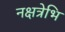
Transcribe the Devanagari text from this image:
नक्षत्रेभि